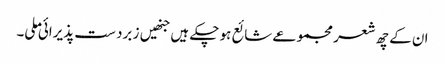
ان کے چھ شعر مجموعے شائع ہو چکے ہیں جنھیں ز برد ست پذیرائی ملی۔